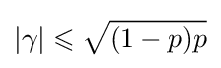
|\gamma |\leqslant {\sqrt {(1-p)p}}